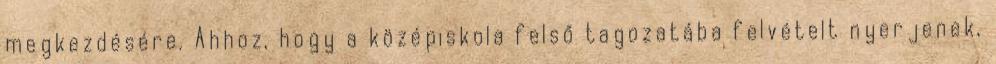
megkezdésére. Ahhoz, hogy a középiskola felső tagozatába felvételt nyerjenek,